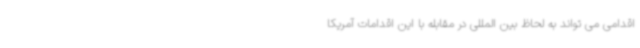
اقدامی می تواند به لحاظ بین المللی در مقابله با این اقدامات آمریکا